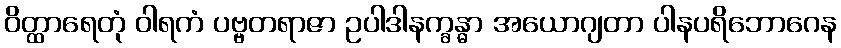
ဝိတ္ထာရေတုံ ဝါရကံ ပဗ္ဗတရာဇာ ဥပါဒါနက္ခန္ဓာ အယောဂျတာ ပါနပရိဘောဂေန